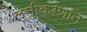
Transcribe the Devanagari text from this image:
लसीकरणाने